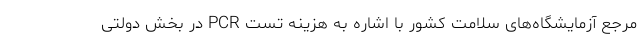
مرجع آزمایشگاه‌های سلامت کشور با اشاره به هزینه تست PCR در بخش دولتی